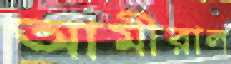
আমীরাল